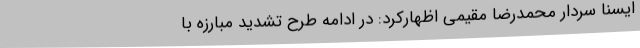
ایسنا سردار محمدرضا مقیمی اظهارکرد: در ادامه طرح تشدید مبارزه با